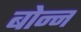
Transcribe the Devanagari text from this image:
बोन्न